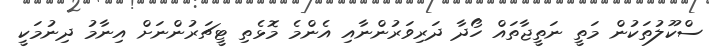
ސްކޫލުތަކުން މަތީ ނަތީޖާތައް ހޯދާ ދަރިވަރުންނާއި އެންމެ މޮޅެތި ޓީޗަރުންނަށް އިނާމު ދިނުމަކީ